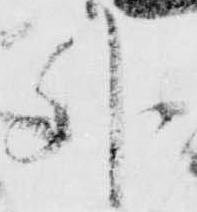
外